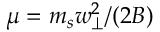
\mu = m _ { s } w _ { \perp } ^ { 2 } / ( 2 B )